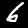
Label: 6